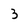
Character: 3